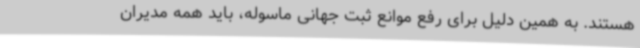
هستند. به همین دلیل برای رفع موانع ثبت جهانی ماسوله، باید همه‌ مدیران